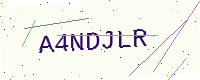
Text: A4NDJLR